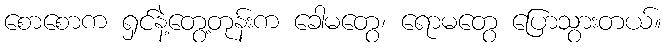
စောစောက ရှင်နဲ့တွေ့တုန်းက ခေါမတွေ၊ ရောမတွေ ပြောသွားတယ်။